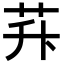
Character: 𦭊